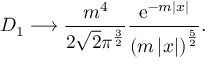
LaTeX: { \cal D } _ { 1 } \longrightarrow \frac { m ^ { 4 } } { 2 \sqrt { 2 } \pi ^ { \frac 3 2 } } \frac { \mathrm { e } ^ { - m \left| x \right| } } { \left( m \left| x \right| \right) ^ { \frac 5 2 } } .